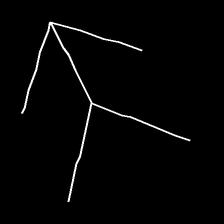
Glyph: gather